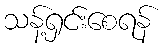
သန့်ရှင်းစေရန်